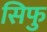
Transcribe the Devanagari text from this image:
सिफु